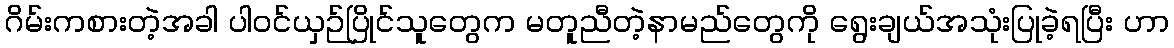
ဂိမ်းကစားတဲ့အခါ ပါဝင်ယှဉ်ပြိုင်သူတွေက မတူညီတဲ့နာမည်တွေကို ရွေးချယ်အသုံးပြုခဲ့ရပြီး ဟာ